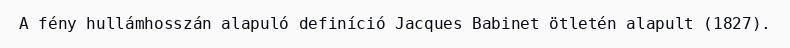
A fény hullámhosszán alapuló definíció Jacques Babinet ötletén alapult (1827).